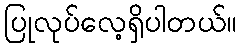
ပြုလုပ်လေ့ရှိပါတယ်။